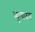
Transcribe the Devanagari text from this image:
व्युत्पादक